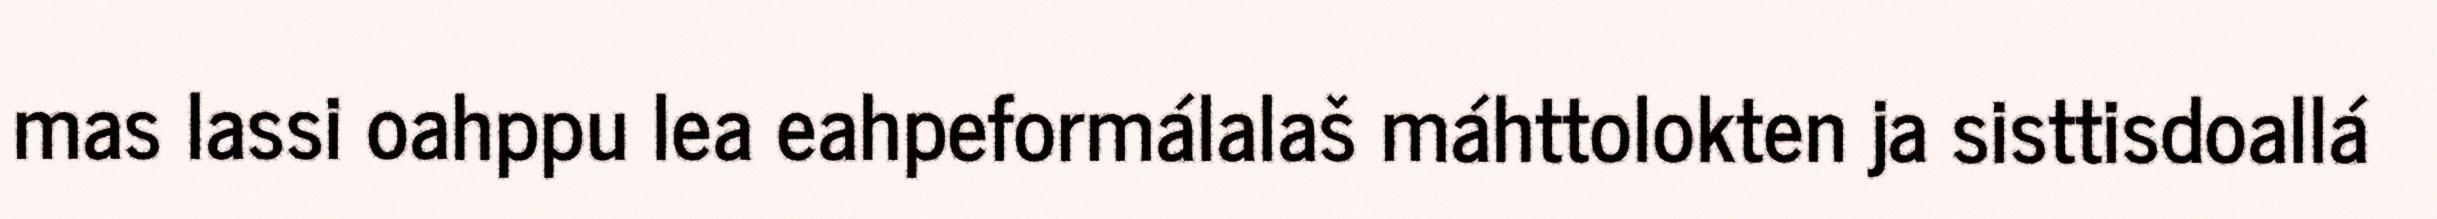
mas lassi oahppu lea eahpeformálalaš máhttolokten ja sisttisdoallá